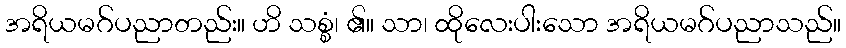
အရိယမဂ်ပညာတည်း။ ဟိ သစ္စံ၊ ၏။ သာ၊ ထိုလေးပါးသော အရိယမဂ်ပညာသည်။